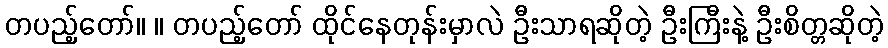
တပည့်တော်။ ။ တပည့်တော် ထိုင်နေတုန်းမှာလဲ ဦးသာရဆိုတဲ့ ဦးကြီးနဲ့ ဦးစိတ္တဆိုတဲ့